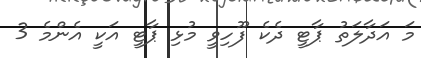
މަ އަދާލަތު ޕާޓީ ދެކެ ފޫހިވީ މުޅި ޕާޓީ އަކީ އެންމެ 3